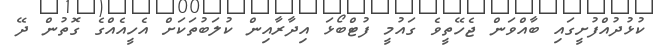
ކުޅުދުއްފުށީގައި ބާއްވަން ޖެހޭތީވެ ގައުމީ ފުޓްބޯޅަ އިދާރާއިން ކުލަބުތަކަށް އެހީއެއްގެ ގޮތުން ދޭ